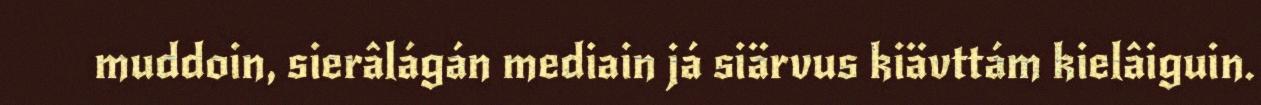
muddoin, sierâlágán mediain já siärvus kiävttám kielâiguin.